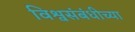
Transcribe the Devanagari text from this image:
विश्वसंबंधीच्या